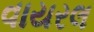
વાયરલ